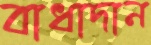
বাধাদান